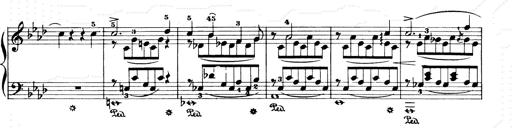
Title: Consolations and LiebestrÃ¤ume for the Piano
Composer: Franz Liszt